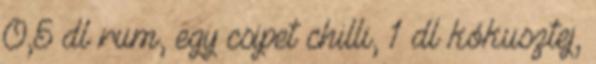
0,5 dl rum, egy csipet chilli, 1 dl kókusztej,